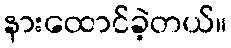
နားထောင်ခဲ့တယ်။